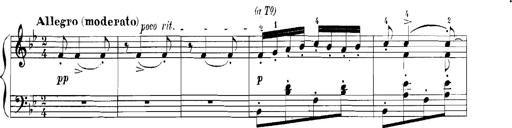
Title: Rhapsodies hongroises
Composer: Franz Liszt